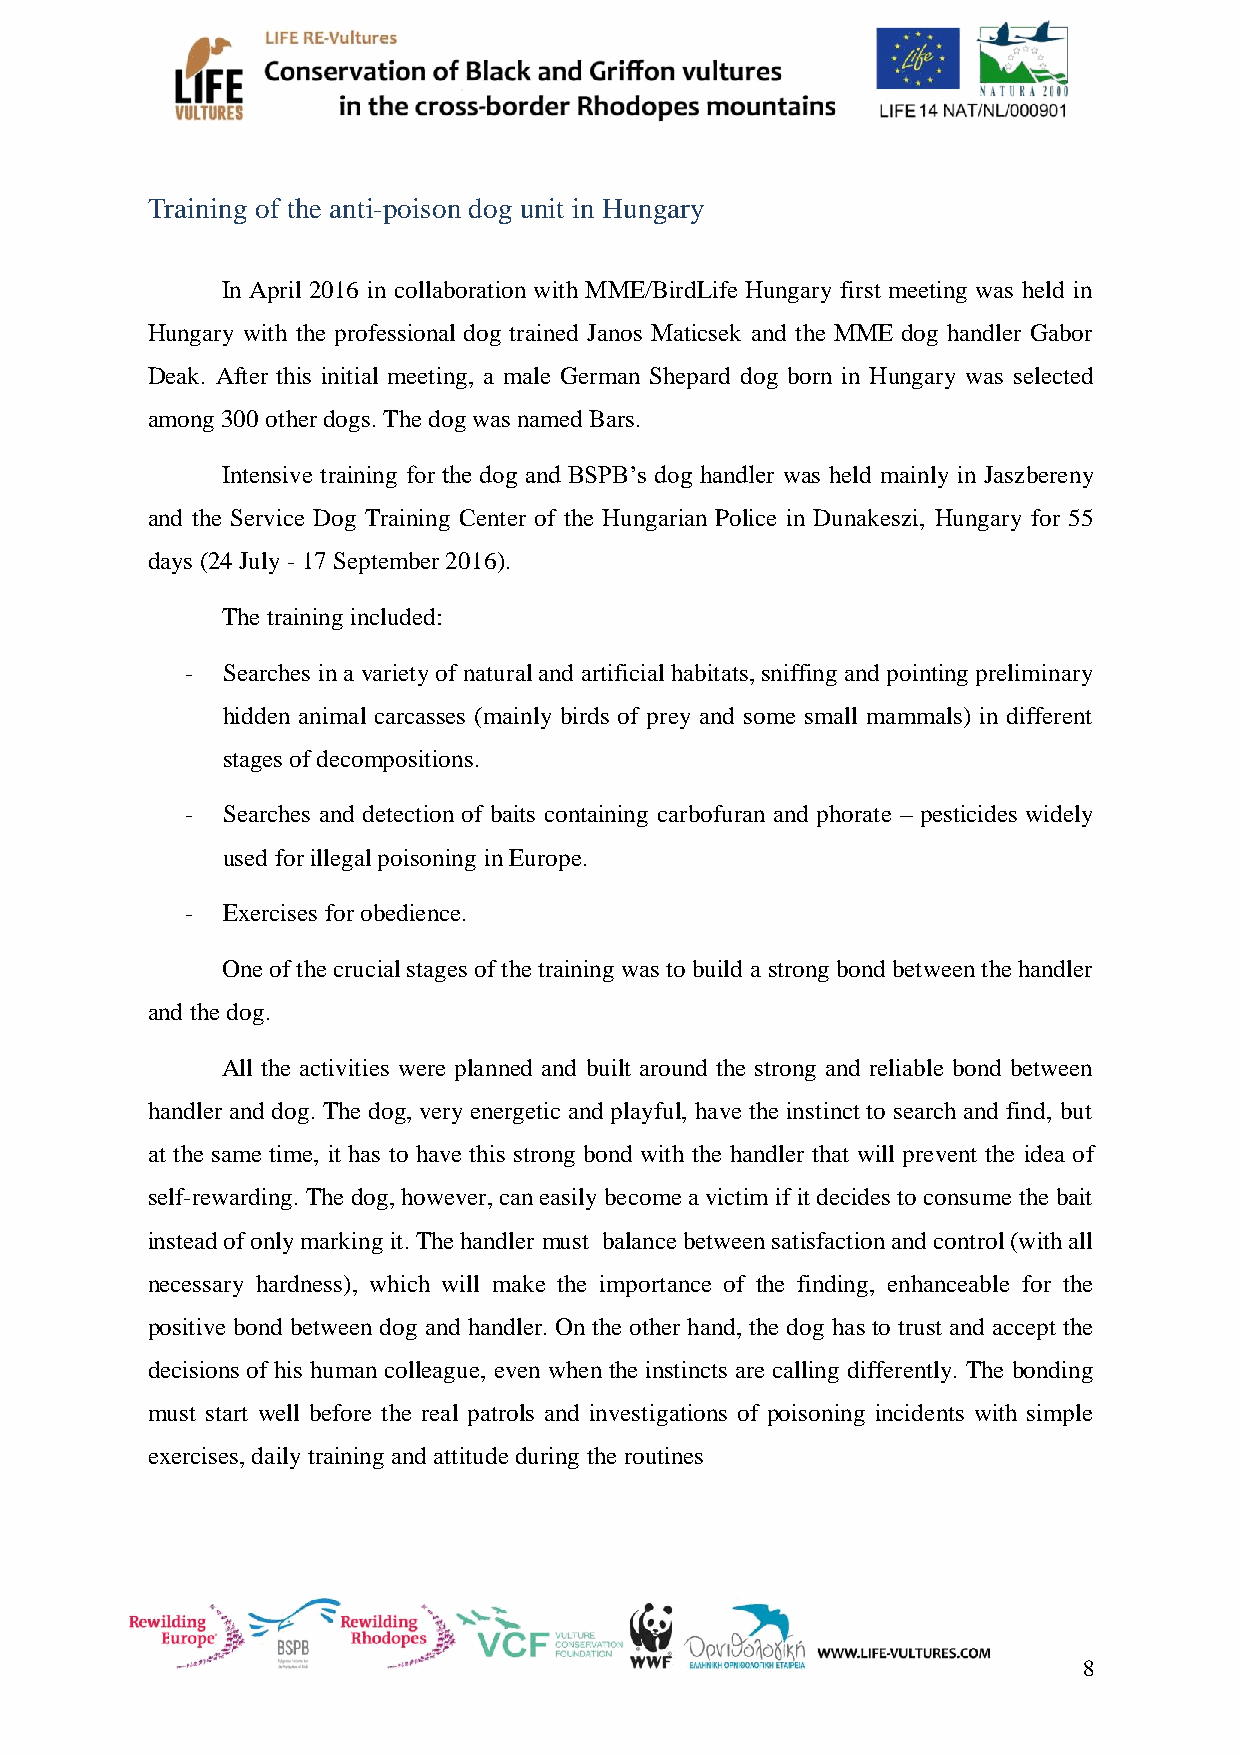
Training of the anti-poison dog unit in Hungary
 In April 2016 in collaboration with MME/BirdLife Hungary first meeting was held in
 Hungary with the professional dog trained Janos Maticsek and the MME dog handler Gabor
 Deak. After this initial meeting, a male German Shepard dog born in Hungary was selected
 among 300 other dogs. The dog was named Bars.
 Intensive training for the dog and BSPB’s dog handler was held mainly in Jaszbereny
 and the Service Dog Training Center of the Hungarian Police in Dunakeszi, Hungary for 55
 days (24 July - 17 September 2016).
 The training included:
 -  Searches in a variety of natural and artificial habitats, sniffing and pointing preliminary
 hidden animal carcasses (mainly birds of prey and some small mammals) in different
 stages of decompositions.
 -  Searches and detection of baits containing carbofuran and phorate – pesticides widely
 used for illegal poisoning in Europe.
 -  Exercises for obedience.
 One of the crucial stages of the training was to build a strong bond between the handler
 and the dog.
 All the activities were planned and built around the strong and reliable bond between
 handler and dog. The dog, very energetic and playful, have the instinct to search and find, but
 at the same time, it has to have this strong bond with the handler that will prevent the idea of
 self-rewarding. The dog, however, can easily become a victim if it decides to consume the bait
 instead of only marking it. The handler must balance between satisfaction and control (with all
 necessary hardness), which will make the importance of the finding, enhanceable for the
 positive bond between dog and handler. On the other hand, the dog has to trust and accept the
 decisions of his human colleague, even when the instincts are calling differently. The bonding
 must start well before the real patrols and investigations of poisoning incidents with simple
 exercises, daily training and attitude during the routines
 8